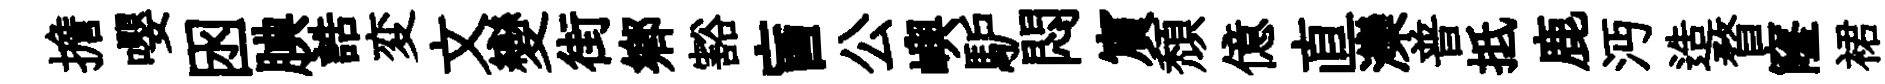
擔嚶囦腆誥変文變街鄉豁盲公嶼馿悶賔頹億直灤普抵鹿沔造瞀窿裙